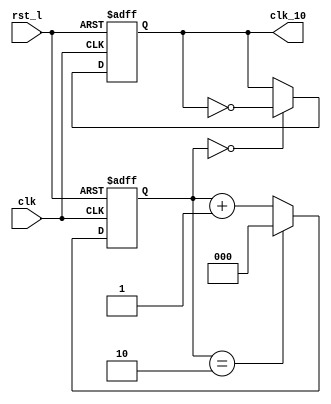
`timescale 1ns / 1ps
//////////////////////////////////////////////////////////////////////////////////
// Company: 
// Engineer: 
// 
// Design Name: 
// Module Name: clk_div
// Project Name: 
// Target Devices: 
// Tool Versions: 
// Description: 
// 
// Dependencies: 
// 
// Revision:
// Revision 0.01 - File Created
// Additional Comments:
// 
//////////////////////////////////////////////////////////////////////////////////


module clk_div10
(
input clk,
input rst_l,
output reg clk_10
);
reg [2:0]cnt_4;
parameter CNT_MAX= 3'd2;
//10
//10
always @(posedge clk,negedge rst_l)
if(!rst_l)//
cnt_4<=0;//
else	if(cnt_4==CNT_MAX)
cnt_4<=0;
else 
cnt_4<=cnt_4+3'd1;
//10clk
always @(posedge clk,negedge rst_l)
if(!rst_l)//
clk_10<=1'b0;
else	if(cnt_4==0)
clk_10<=~clk_10;
else 
clk_10<=clk_10;
endmodule